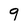
Character: 9